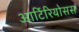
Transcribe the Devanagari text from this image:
आर्टिरियोसस